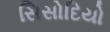
સિસોદિયો